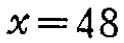
\(x = 48\)